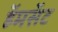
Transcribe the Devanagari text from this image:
हॅमसॅट